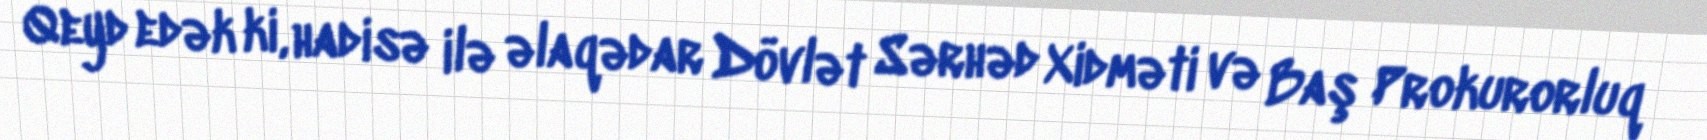
Qeyd edək ki, hadisə ilə əlaqədar Dövlət Sərhəd Xidməti və Baş Prokurorluq